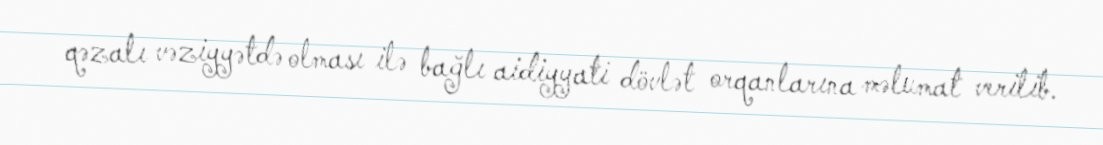
qəzalı vəziyyətdə olması ilə bağlı aidiyyati dövlət orqanlarına məlumat verilib.